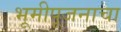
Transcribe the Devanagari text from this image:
भूमीपूजनाचा